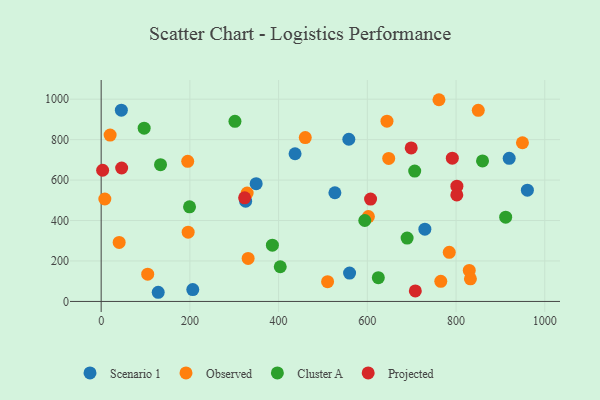
{"axis": {"x": "Speed", "y": "Rating"}, "legend": ["Cluster A", "Observed", "Projected", "Scenario 1"], "data": [{"x": "128.6", "y": 45.3, "type": "Scenario 1"}, {"x": "206.5", "y": 58.6, "type": "Scenario 1"}, {"x": "325.7", "y": 495.7, "type": "Scenario 1"}, {"x": "526.9", "y": 537.4, "type": "Scenario 1"}, {"x": "560.0", "y": 140.2, "type": "Scenario 1"}, {"x": "437.1", "y": 730.0, "type": "Scenario 1"}, {"x": "45.5", "y": 945.5, "type": "Scenario 1"}, {"x": "919.8", "y": 707.7, "type": "Scenario 1"}, {"x": "729.7", "y": 357.2, "type": "Scenario 1"}, {"x": "558.3", "y": 801.7, "type": "Scenario 1"}, {"x": "349.4", "y": 582.3, "type": "Scenario 1"}, {"x": "960.8", "y": 550.1, "type": "Scenario 1"}, {"x": "329.1", "y": 535.9, "type": "Observed"}, {"x": "196.1", "y": 342.3, "type": "Observed"}, {"x": "644.3", "y": 891.1, "type": "Observed"}, {"x": "8.3", "y": 506.5, "type": "Observed"}, {"x": "829.8", "y": 153.5, "type": "Observed"}, {"x": "20.2", "y": 822.6, "type": "Observed"}, {"x": "850.1", "y": 944.6, "type": "Observed"}, {"x": "832.4", "y": 111.6, "type": "Observed"}, {"x": "765.6", "y": 99.6, "type": "Observed"}, {"x": "510.4", "y": 97.7, "type": "Observed"}, {"x": "784.7", "y": 242.7, "type": "Observed"}, {"x": "331.3", "y": 212.8, "type": "Observed"}, {"x": "648.2", "y": 707.2, "type": "Observed"}, {"x": "602.4", "y": 419.4, "type": "Observed"}, {"x": "460.1", "y": 810.2, "type": "Observed"}, {"x": "949.7", "y": 784.6, "type": "Observed"}, {"x": "195.1", "y": 692.5, "type": "Observed"}, {"x": "761.5", "y": 997.2, "type": "Observed"}, {"x": "40.6", "y": 291.8, "type": "Observed"}, {"x": "104.9", "y": 134.8, "type": "Observed"}, {"x": "911.9", "y": 416.4, "type": "Cluster A"}, {"x": "301.6", "y": 890.4, "type": "Cluster A"}, {"x": "403.7", "y": 171.6, "type": "Cluster A"}, {"x": "859.7", "y": 694.5, "type": "Cluster A"}, {"x": "133.8", "y": 676.0, "type": "Cluster A"}, {"x": "199.2", "y": 467.5, "type": "Cluster A"}, {"x": "706.8", "y": 644.3, "type": "Cluster A"}, {"x": "689.7", "y": 313.1, "type": "Cluster A"}, {"x": "386.0", "y": 278.2, "type": "Cluster A"}, {"x": "594.3", "y": 400.2, "type": "Cluster A"}, {"x": "624.8", "y": 117.6, "type": "Cluster A"}, {"x": "96.9", "y": 856.6, "type": "Cluster A"}, {"x": "323.4", "y": 512.1, "type": "Projected"}, {"x": "3.3", "y": 648.6, "type": "Projected"}, {"x": "708.2", "y": 52.0, "type": "Projected"}, {"x": "698.9", "y": 759.0, "type": "Projected"}, {"x": "46.2", "y": 659.7, "type": "Projected"}, {"x": "791.6", "y": 708.1, "type": "Projected"}, {"x": "607.3", "y": 506.0, "type": "Projected"}, {"x": "801.9", "y": 569.8, "type": "Projected"}, {"x": "801.7", "y": 526.8, "type": "Projected"}]}